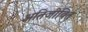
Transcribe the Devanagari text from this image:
अतिजीवित